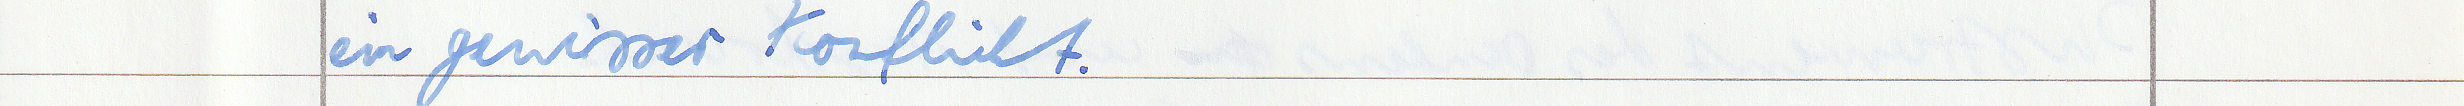
ein gewisser Konflikt.